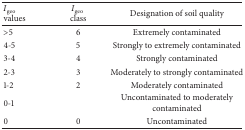
<table><thead><tr><td><b><i>I</i><sub>geo</sub>values</b></td><td><b><i>I</i><sub>geo</sub> class</b></td><td><b> Designation of soil quality</b></td></tr></thead><tbody><tr><td>&gt;5</td><td>6</td><td>Extremely contaminated</td></tr><tr><td>4-5 </td><td>5</td><td>Strongly to extremely contaminated</td></tr><tr><td>3-4</td><td>4</td><td>Strongly contaminated</td></tr><tr><td>2-3</td><td>3</td><td>Moderately to strongly contaminated</td></tr><tr><td>1-2</td><td>2</td><td>Moderately contaminated</td></tr><tr><td>0-1</td><td> </td><td>Uncontaminated to moderately contaminated</td></tr><tr><td>0</td><td>0</td><td>Uncontaminated</td></tr></tbody></table>